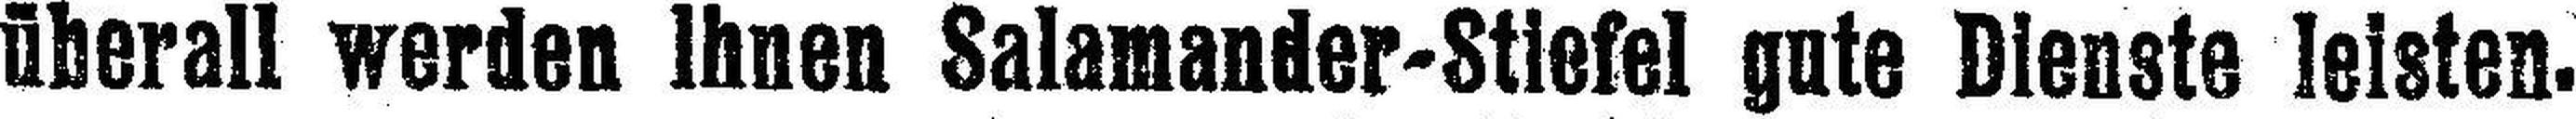
überall werden Ihnen Salamander-Stiefel gnte Dienste leisten.